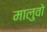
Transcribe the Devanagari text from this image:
मालुवो